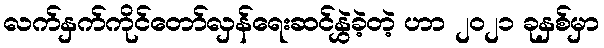
လက်နှက်ကိုင်တော်လှန်ရေးဆင်နွှဲခဲ့တဲ့ ဟာ ၂၀၂၁ ခုနှစ်မှာ